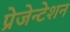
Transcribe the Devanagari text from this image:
प्रेजेन्टेशन